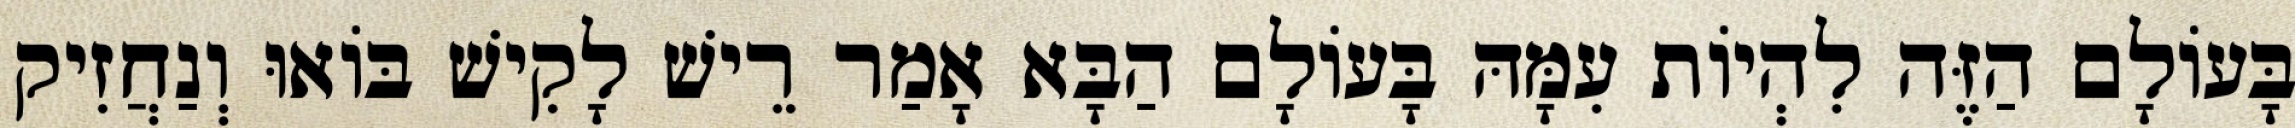
בָּעוֹלָם הַזֶּה לִהְיוֹת עִמָּהּ בָּעוֹלָם הַבָּא אָמַר רֵישׁ לָקִישׁ בּוֹאוּ וְנַחֲזִיק